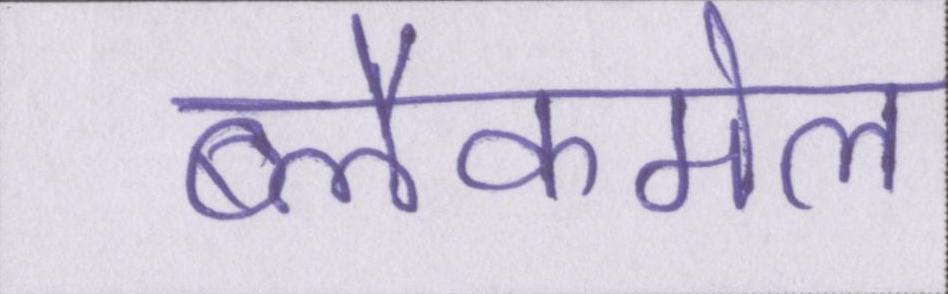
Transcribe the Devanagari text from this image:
ब्लैकमेल